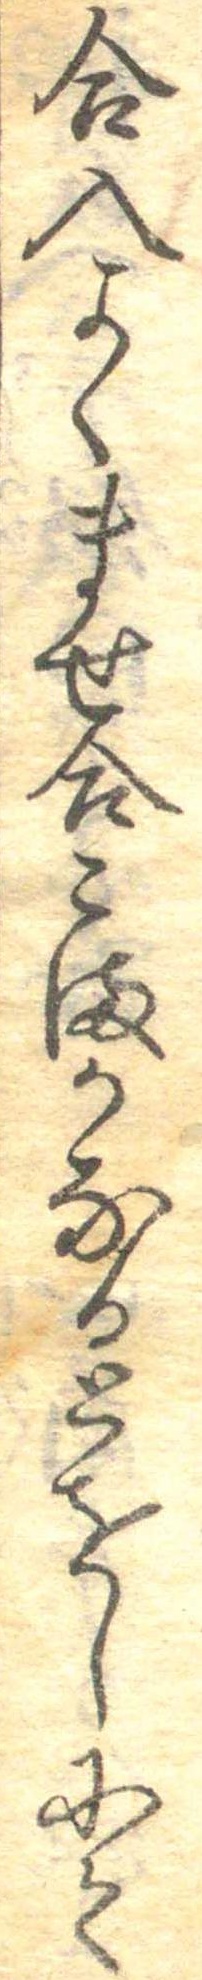
合入よくませ合こまかなるとをしにて